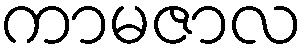
ကာမဇာလ